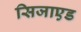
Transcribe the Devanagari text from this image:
सिजाएड